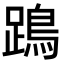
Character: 𨄙